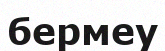
бермеу